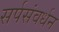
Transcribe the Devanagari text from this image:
सर्पसंवर्धन